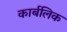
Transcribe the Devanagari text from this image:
कार्बलिक